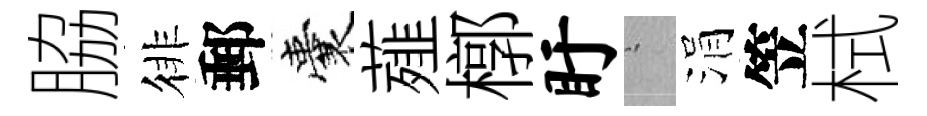
脇徘郵囊薤槨盱搖涓笠栻